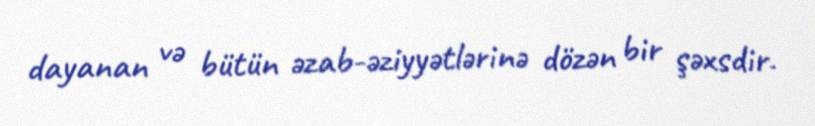
dayanan və bütün əzab-əziyyətlərinə dözən bir şəxsdir.